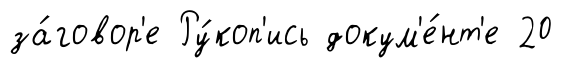
за́говор'е Ру́коп'ись докум'е́нт'е 20